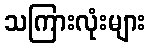
သကြားလုံးများ